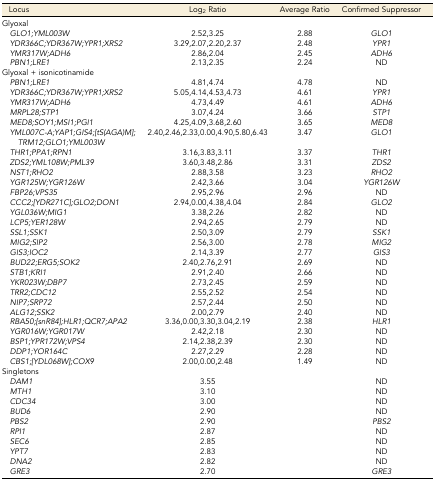
<table><thead><tr><td><b>Locus</b></td><td><b>Log<sub>2</sub> Ratio</b></td><td><b>Average Ratio</b></td><td><b>Confirmed Suppressor</b></td></tr></thead><tbody><tr><td colspan="4">Glyoxal</td></tr><tr><td><i> GLO1;YML003W</i></td><td>2.52,3.25</td><td>2.88</td><td><i>GLO1</i></td></tr><tr><td><i> YDR366C;YDR367W;YPR1;XRS2</i></td><td>3.29,2.07,2.20,2.37</td><td>2.48</td><td><i>YPR1</i></td></tr><tr><td><i> YMR317W;ADH6</i></td><td>2.86,2.04</td><td>2.45</td><td><i>ADH6</i></td></tr><tr><td><i> PBN1;LRE1</i></td><td>2.13,2.35</td><td>2.24</td><td>ND</td></tr><tr><td colspan="4">Glyoxal + isonicotinamide</td></tr><tr><td><i> PBN1;LRE1</i></td><td>4.81,4.74</td><td>4.78</td><td>ND</td></tr><tr><td><i> YDR366C;YDR367W;YPR1;XRS2</i></td><td>5.05,4.14,4.53,4.73</td><td>4.61</td><td><i>YPR1</i></td></tr><tr><td><i> YMR317W;ADH6</i></td><td>4.73,4.49</td><td>4.61</td><td><i>ADH6</i></td></tr><tr><td><i> MRPL28;STP1</i></td><td>3.07,4.24</td><td>3.66</td><td><i>STP1</i></td></tr><tr><td><i> MED8;SOY1;MSI1;PGI1</i></td><td>4.25,4.09,3.68,2.60</td><td>3.65</td><td><i>MED8</i></td></tr><tr><td><i> YML007C-A;YAP1;GIS4;[tS(AGA)M];TRM12;GLO1;YML003W</i></td><td>2.40,2.46,2.33,0.00,4.90,5.80,6.43</td><td>3.47</td><td><i>GLO1</i></td></tr><tr><td><i> THR1;PPA1;RPN1</i></td><td>3.16,3.83,3.11</td><td>3.37</td><td><i>THR1</i></td></tr><tr><td><i> ZDS2;YML108W;PML39</i></td><td>3.60,3.48,2.86</td><td>3.31</td><td><i>ZDS2</i></td></tr><tr><td><i> NST1;RHO2</i></td><td>2.88,3.58</td><td>3.23</td><td><i>RHO2</i></td></tr><tr><td><i> YGR125W;YGR126W</i></td><td>2.42,3.66</td><td>3.04</td><td><i>YGR126W</i></td></tr><tr><td><i> FBP26;VPS35</i></td><td>2.95,2.96</td><td>2.96</td><td>ND</td></tr><tr><td><i> CCC2;[YDR271C];GLO2;DON1</i></td><td>2.94,0.00,4.38,4.04</td><td>2.84</td><td><i>GLO2</i></td></tr><tr><td><i> YGL036W;MIG1</i></td><td>3.38,2.26</td><td>2.82</td><td>ND</td></tr><tr><td><i> LCP5;YER128W</i></td><td>2.94,2.65</td><td>2.79</td><td>ND</td></tr><tr><td><i> SSL1;SSK1</i></td><td>2.50,3.09</td><td>2.79</td><td><i>SSK1</i></td></tr><tr><td><i> MIG2;SIP2</i></td><td>2.56,3.00</td><td>2.78</td><td><i>MIG2</i></td></tr><tr><td><i> GIS3;IOC2</i></td><td>2.14,3.39</td><td>2.77</td><td><i>GIS3</i></td></tr><tr><td><i> BUD22;ERG5;SOK2</i></td><td>2.40,2.76,2.91</td><td>2.69</td><td>ND</td></tr><tr><td><i> STB1;KRI1</i></td><td>2.91,2.40</td><td>2.66</td><td>ND</td></tr><tr><td><i> YKR023W;DBP7</i></td><td>2.73,2.45</td><td>2.59</td><td>ND</td></tr><tr><td><i> TRR2;CDC12</i></td><td>2.55,2.52</td><td>2.54</td><td>ND</td></tr><tr><td><i> NIP7;SRP72</i></td><td>2.57,2.44</td><td>2.50</td><td>ND</td></tr><tr><td><i> ALG12;SSK2</i></td><td>2.00,2.79</td><td>2.40</td><td>ND</td></tr><tr><td><i> RBA50;[snR84];HLR1;QCR7;APA2</i></td><td>3.36,0.00,3.30,3.04,2.19</td><td>2.38</td><td><i>HLR1</i></td></tr><tr><td><i> YGR016W;YGR017W</i></td><td>2.42,2.18</td><td>2.30</td><td>ND</td></tr><tr><td><i> BSP1;YPR172W;VPS4</i></td><td>2.14,2.38,2.39</td><td>2.30</td><td>ND</td></tr><tr><td><i> DDP1;YOR164C</i></td><td>2.27,2.29</td><td>2.28</td><td>ND</td></tr><tr><td><i> CBS1;[YDL068W];COX9</i></td><td>2.00,0.00,2.48</td><td>1.49</td><td>ND</td></tr><tr><td colspan="4">Singletons</td></tr><tr><td><i> DAM1</i></td><td>3.55</td><td></td><td>ND</td></tr><tr><td><i> MTH1</i></td><td>3.10</td><td></td><td>ND</td></tr><tr><td><i> CDC34</i></td><td>3.00</td><td></td><td>ND</td></tr><tr><td><i> BUD6</i></td><td>2.90</td><td></td><td>ND</td></tr><tr><td><i> PBS2</i></td><td>2.90</td><td></td><td><i>PBS2</i></td></tr><tr><td><i> RPI1</i></td><td>2.87</td><td></td><td>ND</td></tr><tr><td><i> SEC6</i></td><td>2.85</td><td></td><td>ND</td></tr><tr><td><i> YPT7</i></td><td>2.83</td><td></td><td>ND</td></tr><tr><td><i> DNA2</i></td><td>2.82</td><td></td><td>ND</td></tr><tr><td><i> GRE3</i></td><td>2.70</td><td></td><td><i>GRE3</i></td></tr></tbody></table>